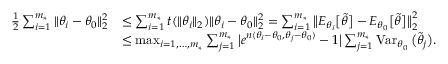
\begin{array} { r l } { \frac 1 2 \sum _ { i = 1 } ^ { m _ { * } } \| \theta _ { i } - \theta _ { 0 } \| _ { 2 } ^ { 2 } } & { \leq \sum _ { i = 1 } ^ { m _ { * } } t ( \| \theta _ { i } \| _ { 2 } ) \| \theta _ { i } - \theta _ { 0 } \| _ { 2 } ^ { 2 } = \sum _ { i = 1 } ^ { m _ { * } } \big \| E _ { \theta _ { i } } \big [ \widetilde \theta \big ] - E _ { \theta _ { 0 } } \big [ \widetilde \theta \big ] \big \| _ { 2 } ^ { 2 } } \\ & { \leq \operatorname* { m a x } _ { i = 1 , \ldots , m _ { * } } \sum _ { j = 1 } ^ { m _ { * } } \big | e ^ { n \langle \theta _ { i } - \theta _ { 0 } , \theta _ { j } - \theta _ { 0 } \rangle } - 1 \big | \sum _ { j = 1 } ^ { m _ { * } } \operatorname { V a r } _ { \theta _ { 0 } } \big ( \widetilde \theta _ { j } \big ) . } \end{array}